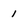
Character: 1